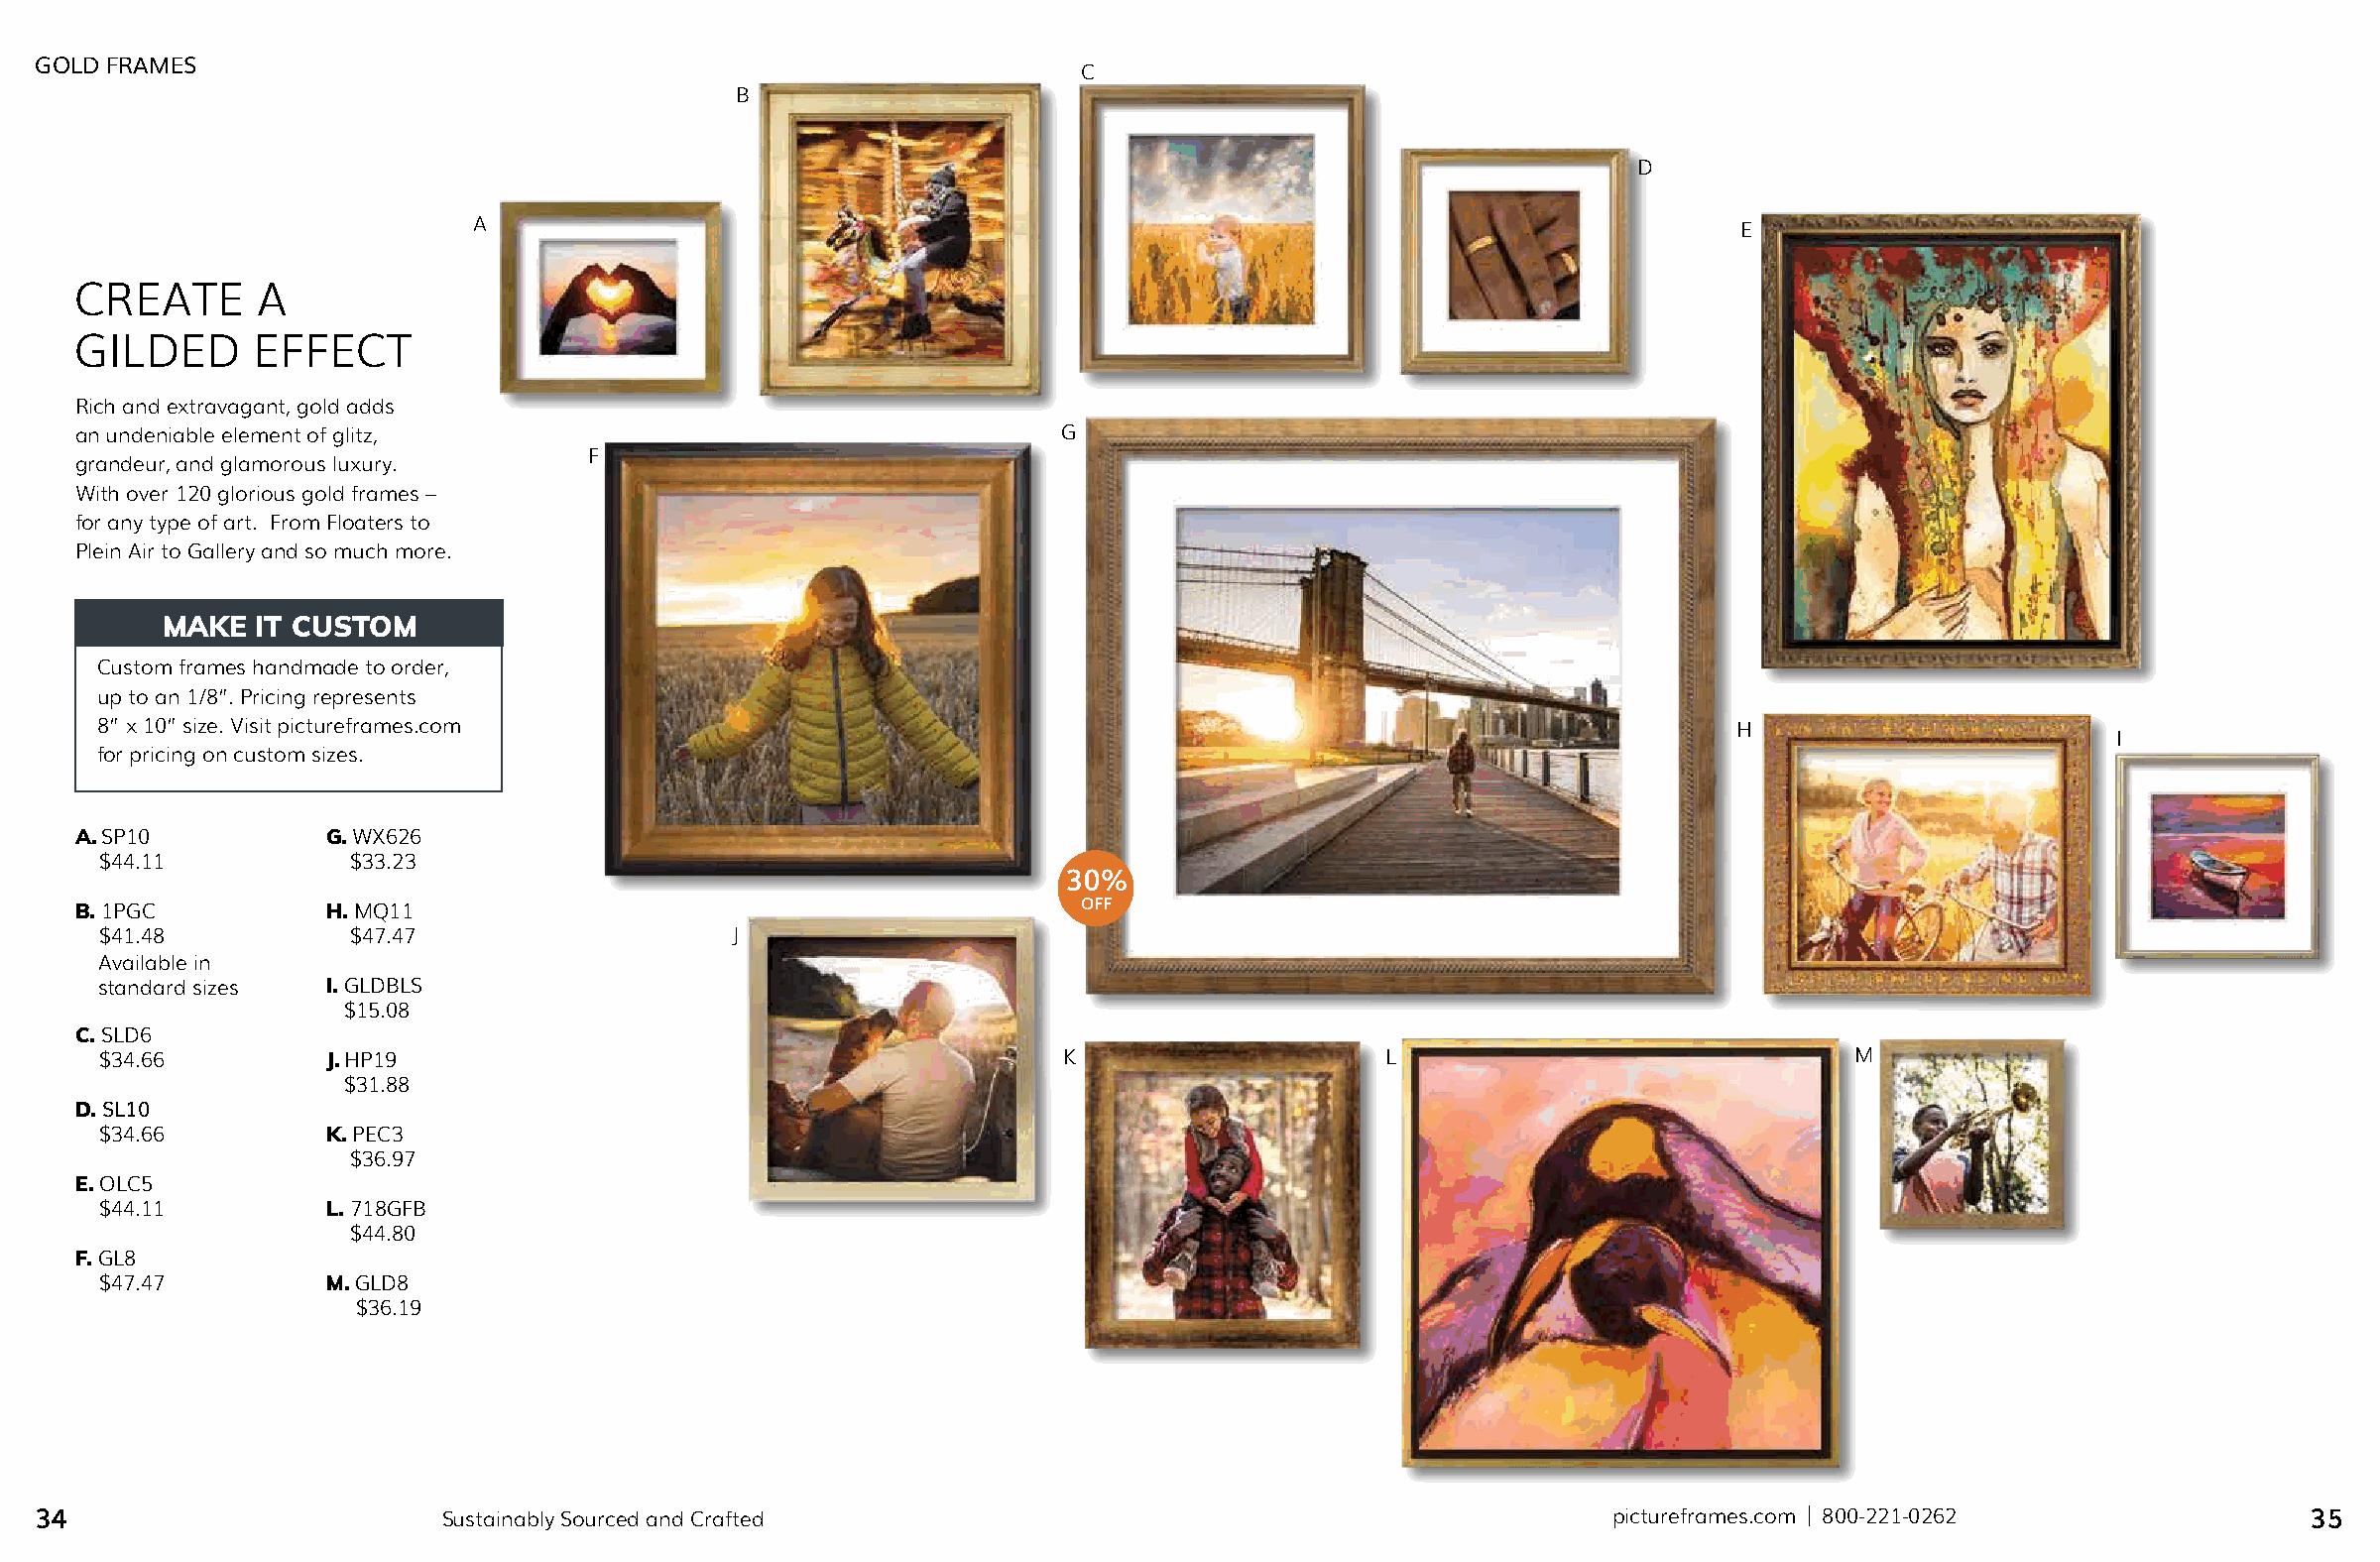
GOLD FRAMES
 C
 B
 D
 A                                                                                   E
 CREATE      A
 GILDED      EFFECT
 Rich and extravagant, gold adds
 an undeniable element of glitz,                                   G
 F
 grandeur, and glamorous luxury.
 With over 120 glorious gold frames –
 for any type of art. From Floaters to
 Plein Air to Gallery and so much more.
 MAKE  IT CUSTOM
 Custom frames handmade to order,
 up to an 1/8”. Pricing represents
 8” x 10” size. Visit pictureframes.com                                                                        H
 I
 for pricing on custom sizes.
 A. SP10          G. WX626
 $44.11          $33.23
 30%
 B. 1PGC          H. MQ11                                           OFF
 $41.48          $47.47                    J
 Available in
 standard sizes I. GLDBLS
 $15.08
 C. SLD6
 $34.66         J. HP19                                          K                    L                               M
 $31.88
 D. SL10
 $34.66         K. PEC3
 $36.97
 E. OLC5
 $44.11         L. 718GFB
 $44.80
 F. GL8
 $47.47         M. GLD8
 $36.19
 34                         Sustainably Sourced and Crafted                                                pictureframes.com | 800-221-0262              35